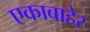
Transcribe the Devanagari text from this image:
एकाबाहेर